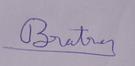
Signature authenticity: genuine